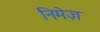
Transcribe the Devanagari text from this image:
निमेज़